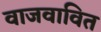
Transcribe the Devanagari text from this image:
वाजवावित